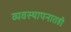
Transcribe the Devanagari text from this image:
व्यवस्थापनातही